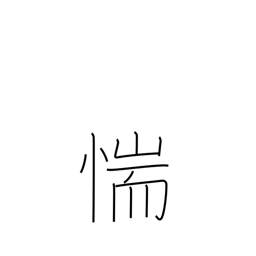
Meaning: be afraid